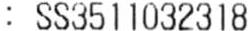
: SS3511032318